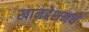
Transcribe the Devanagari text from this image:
खानदेशमधे